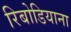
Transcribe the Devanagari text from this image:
रिबोडियाना